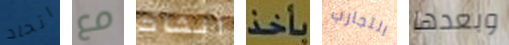
اتحاد مع انشات بأخذ التجارب وبعدها